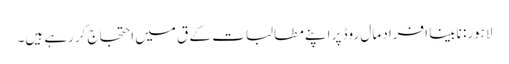
لاہور: نابینا افراد مال روڈ پر اپنے مطالبات کے ق میں احتجاج کررہے ہیں۔